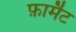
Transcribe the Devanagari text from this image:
फ़ार्मैट